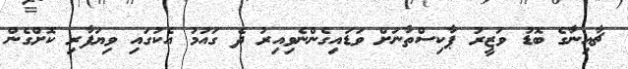
ޗާއިނާގެ ބޮޑު ވަޒީރު ޕާކިސްތާނަށް ވަޑައިގެންނެވިއިރު ދެ ގައުމު އެކުގައި ވިޔަފާރި ކޮށްގެން